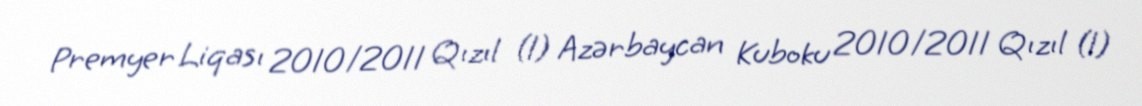
Premyer Liqası 2010/2011 Qızıl (1) Azərbaycan Kuboku 2010/2011 Qızıl (1)